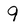
Character: 9